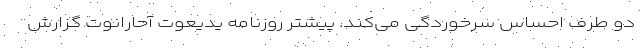
دو طرف احساس سرخوردگی می‌کند. پیشتر روزنامه یدیعوت آحارانوت گزارش